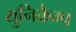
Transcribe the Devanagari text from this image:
युनिकैम्प